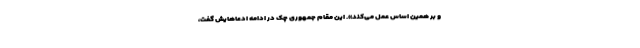
و بر همین اساس عمل می‌کند». این مقام جمهوری چک در ادامه ادعاهایش گفت،